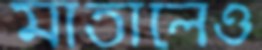
মাতালেও